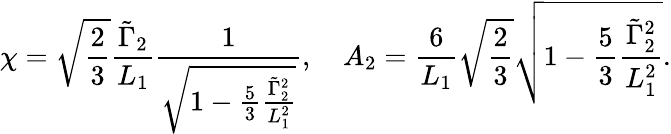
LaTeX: \chi=\sqrt{\frac{2}{3}}\frac{\tilde{\Gamma}_{2}}{L_{1}}\frac{1}{\sqrt{1-\frac{5}{3}\frac{\tilde{\Gamma}_{2}^{2}}{L_{1}^{2}}}},\quad A_{2}=\frac{6}{L_{1}}\sqrt{\frac{2}{3}}\sqrt{1-\frac{5}{3}\frac{\tilde{\Gamma}_{2}^{2}}{L_{1}^{2}}}.